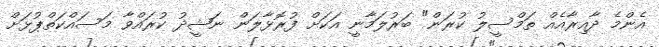
އެންމެ ދާއިރާއެއް ތަމްސީލު ކުރަން" ބަރުލަމާނީ އަކަށް ފުރޮޅާލަން ނަޝީދު ކުރައްވާ މަަސައްކަތްޕުޅަށް